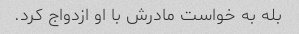
بله به خواست مادرش با او ازدواج کرد.